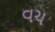
વચ